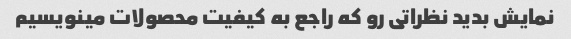
نمایش بدید نظراتی رو که راجع به کیفیت محصولات مینویسیم